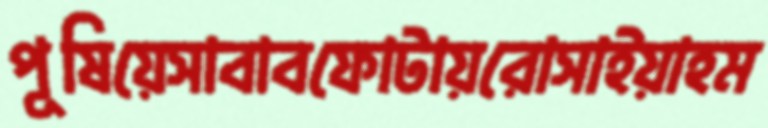
পূষিয়েসাবাবফোটায়রোসাইয়াহম